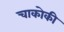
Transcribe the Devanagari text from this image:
चाकोकी